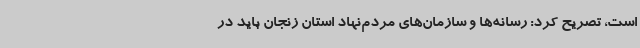
است، تصریح کرد: رسانه‌ها و سازمان‌های مردم‌نهاد استان زنجان باید در